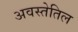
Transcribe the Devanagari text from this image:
अवस्तेतिल